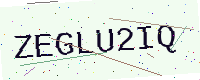
Text: ZEGLU2IQ